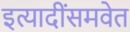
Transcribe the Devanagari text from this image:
इत्यादींसमवेत